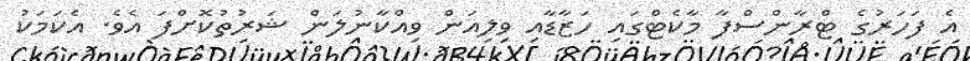
އެ ފަހަރުގެ ޓްރާންސްފާ މާކެޓްގައި ހަޒާޑާއި ވިލިއަން ވިއްކާނުލަން ޝަރުތުކޮށްފަ އެވެ. އެކަމަކު